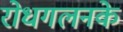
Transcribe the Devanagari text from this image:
रोधगलनके